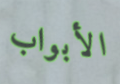
الأبواب